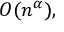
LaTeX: O ( n ^ { \alpha } ) ,